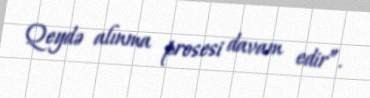
Qeydə alınma prosesi davam edir”.